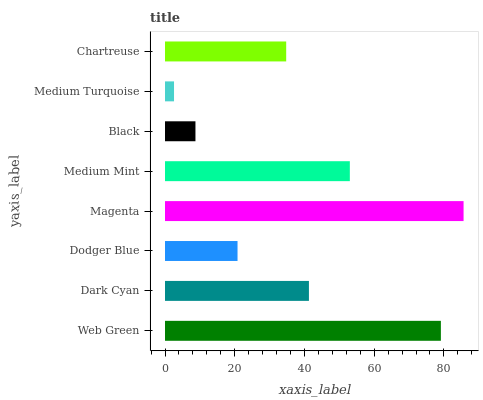
| yaxis_label | bars |
 | --- | --- |
 | Web Green | 79.1 |
 | Dark Cyan | 41.3 |
 | Dodger Blue | 20.8 |
 | Magenta | 85.6 |
 | Medium Mint | 53 |
 | Black | 8.73 |
 | Medium Turquoise | 2.59 |
 | Chartreuse | 34.8 |